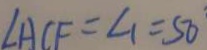
\angle A C F = \angle 1 = 5 0